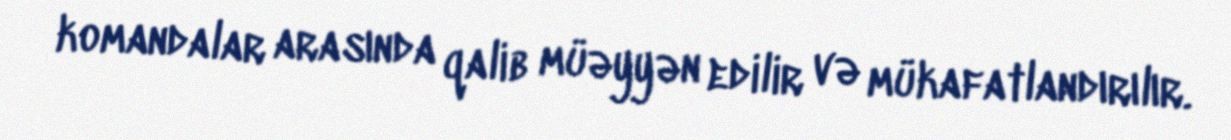
komandalar arasında qalib müəyyən edilir və mükafatlandırılır.